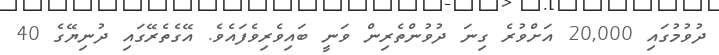
ދުވުމުގައި 20